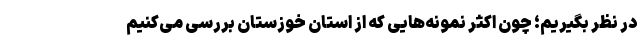
در نظر بگیریم؛ چون اکثر نمونه‌هایی که از استان خوزستان بررسی می‌کنیم